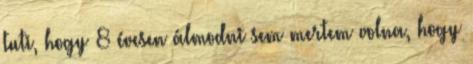
tuti, hogy 8 évesen álmodni sem mertem volna, hogy